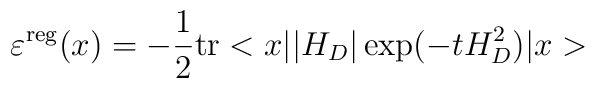
\varepsilon^{\rm reg}(x)=-\frac{1}{2}{\rm tr}<x||H_D|\exp(-tH_D^2)|x>